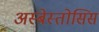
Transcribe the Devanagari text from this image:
अस्बेस्तोसिस